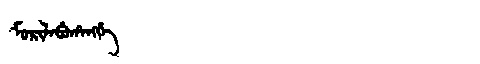
Manchu: ᠮᠣᡵᡳᠯᠠᠪᡠᡥᠠᠩᡤᡝ
Romanization: MORILABUHANGGE